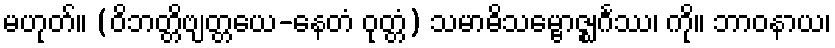
မဟုတ်။ (ဝိဘတ္တိဗျတ္တယေ-နေတံ ဝုတ္တံ) သမာဓိသမ္ဗောဇ္ဈင်္ဂဿ၊ ကို။ ဘာဝနာယ၊